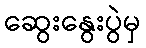
ဆွေးနွေးပွဲမှ